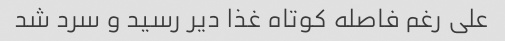
علی رغم فاصله کوتاه غذا دیر رسید و سرد شد